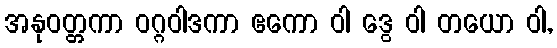
အနုဝတ္တကာ ဝဂ္ဂဝါဒကာ ဧကော ဝါ ဒွေ ဝါ တယော ဝါ,